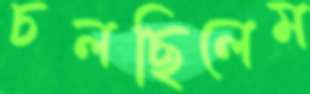
চলছিলেম